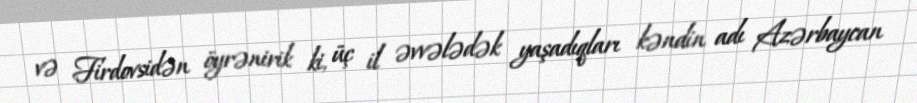
və Firdovsidən öyrənirik ki, üç il əvvələdək yaşadıqları kəndin adı Azərbaycan